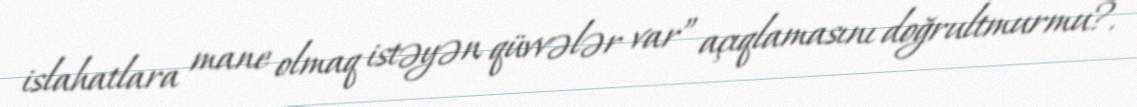
islahatlara mane olmaq istəyən qüvvələr var” açıqlamasını doğrultmurmu?.